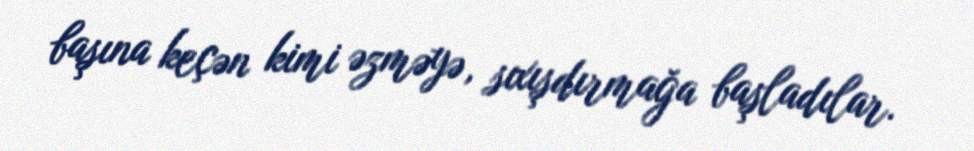
başına keçən kimi əzməyə, sıxışdırmağa başladılar.